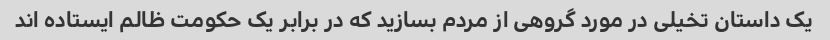
یک داستان تخیلی در مورد گروهی از مردم بسازید که در برابر یک حکومت ظالم ایستاده اند